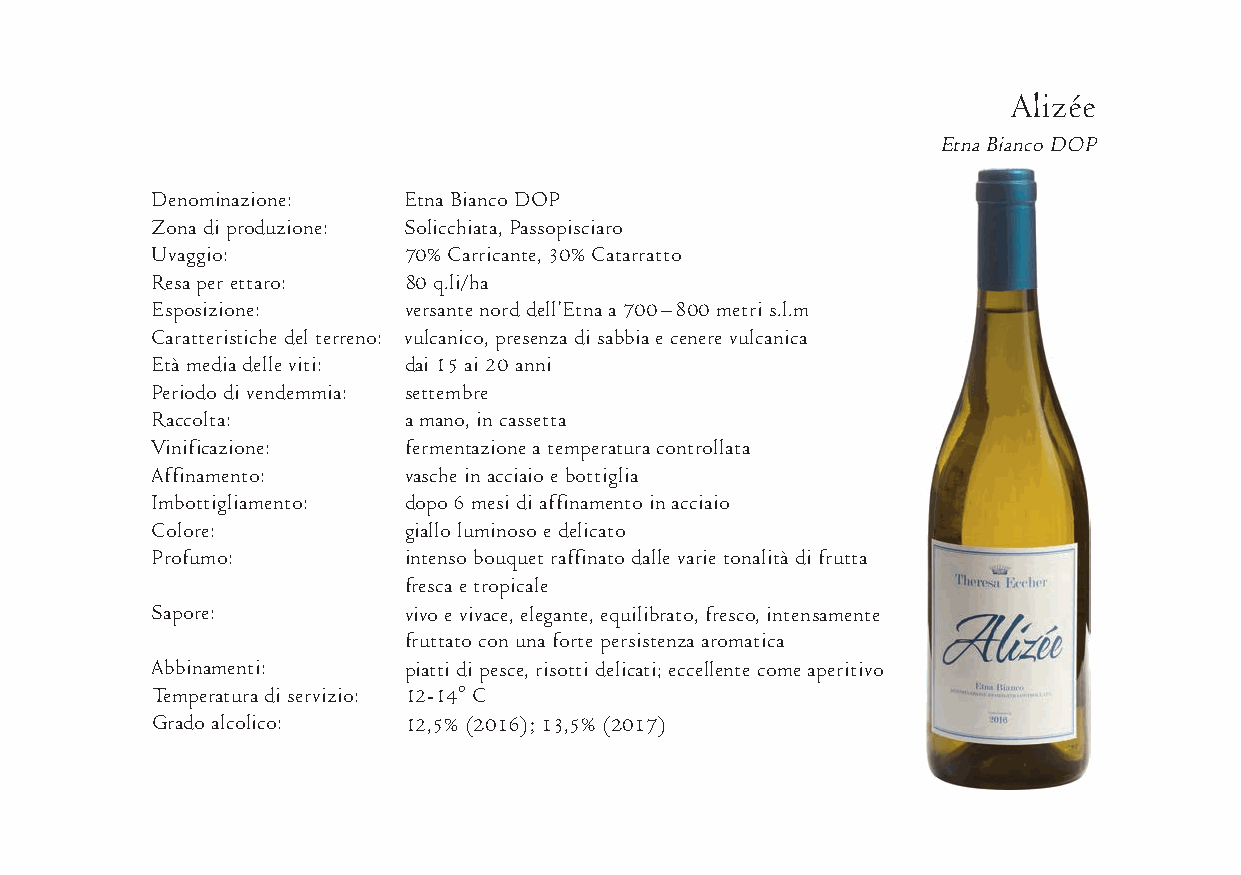
Alizée
 Etna Bianco DOP
 Denom i nazione: Etna Bianco DOP
 Zona di pro duzione: Solicchiata, Passopisciaro
 Uvaggio:         70% Carricante, 30% Catarratto
 Resa per ettaro: 80 q.li/ha
 Espo sizione:    ver sante nord dell’Etna a 700 – 800 metri s.l.m
 Carat ter is tiche del ter reno: vul canico, pre senza di sab bia e cenere vulcanica
 Età media delle viti: dai 15 ai 20 anni
 Peri odo di vendem mia: settembre
 Rac colta:       a mano, in cassetta
 Vinifi cazione:  ferm ent azione a temp era tura controllata
 Affi na mento:   vasche in acciaio e bottiglia
 Imbot tiglia mento: dopo 6 mesi di affin am ento in acciaio
 Col ore:         giallo luminoso e delicato
 Pro fumo:        intenso bouquet raffinato dalle varie tonalità di frutta
 fresca e tropicale
 Sapore:          vivo e vivace, eleg ante, equil ib rato, fresco, intens am ente
 frut tato con una forte pers ist enza aromatica
 Abbina menti:    piatti di pesce, risotti deli c ati; eccell ente come aperitivo
 Tem per atura di servizio: 12-14° C
 Grado alcol ico: 12,5% (2016); 13,5% (2017)